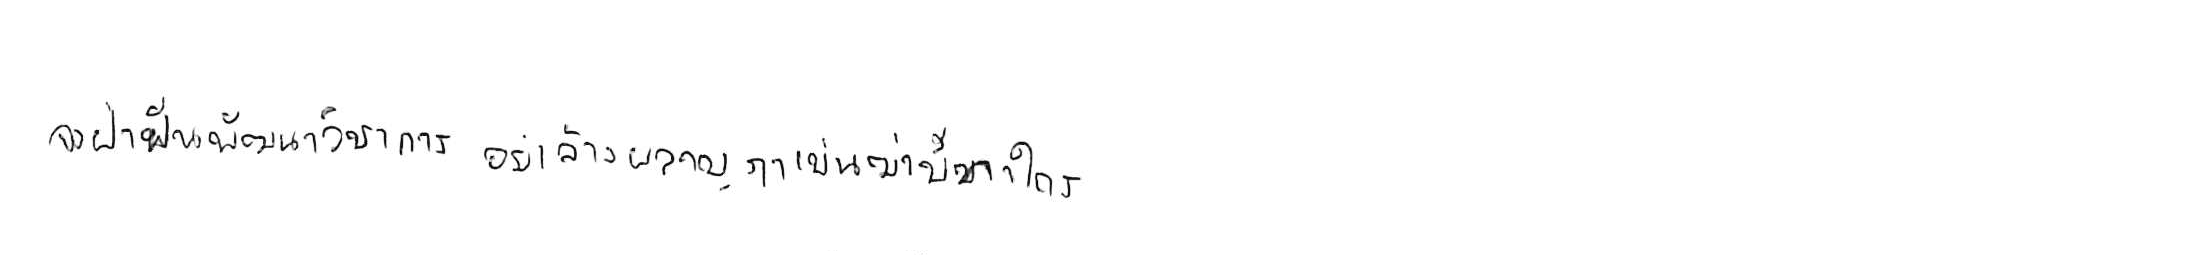
จงฝ่าฟันพัฒนาวิชาการ อย่าล้างผลาญฤๅเข่นฆ่าบีฑาใคร